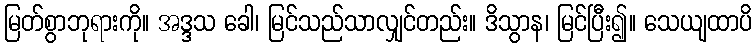
မြတ်စွာဘုရားကို။ အဒ္ဒသ ခေါ၊ မြင်သည်သာလျှင်တည်း။ ဒိသွာန၊ မြင်ပြီး၍။ သေယျထာပိ